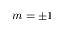
m = \pm 1